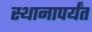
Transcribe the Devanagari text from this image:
स्थानापर्यंत